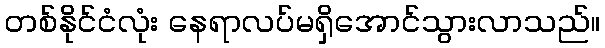
တစ်နိုင်ငံလုံး နေရာလပ်မရှိအောင်သွားလာသည်။